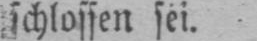
schlossen sei.